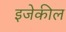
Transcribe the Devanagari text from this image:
इजेकील